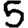
Digit: 5